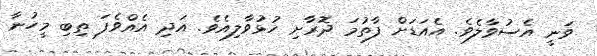
ވަނީ އެސުވާލެވެ. އެއަޑަށް ފާތުމަ ދޮރާށި ހުޅުވާލިއެވެ. އަދި އެއްވެފަ ތިބި މީހުނާ